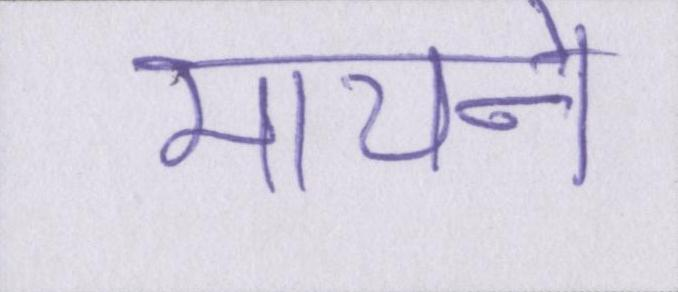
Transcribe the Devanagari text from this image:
मायने